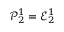
\mathcal { P } _ { 2 } ^ { 1 } = \mathcal { E } _ { 2 } ^ { 1 }